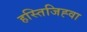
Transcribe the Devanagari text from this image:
हस्तिजिह्वा